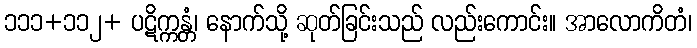
၁၁၁+၁၁၂+ ပဋိက္ကန္တံ၊ နောက်သို့ ဆုတ်ခြင်းသည် လည်းကောင်း။ အာလောကိတံ၊